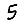
Digit: 5